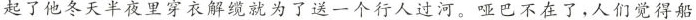
想起了他冬天半夜里穿衣解缆就为了送一个行人过河。哑巴不在了，人们觉得船